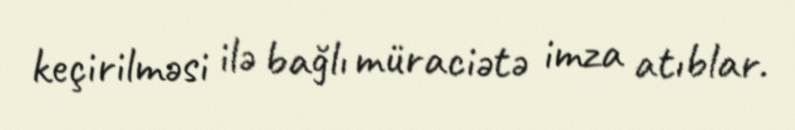
keçirilməsi ilə bağlı müraciətə imza atıblar.